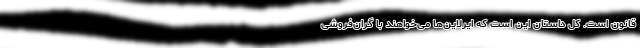
قانون است. کل داستان این است که ایرلاین‌ها می‌خواهند با گران‌فروشی